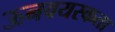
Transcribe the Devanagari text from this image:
ऊनवयस्कता